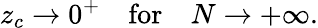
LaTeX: z_{c}\to 0^{+}\quad\mathrm{for}\quad N\to+\infty.